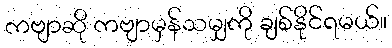
ကဗျာဆို ကဗျာမှန်သမျှကို ချစ်နိုင်ရမယ်။